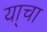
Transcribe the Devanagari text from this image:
या्चा